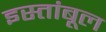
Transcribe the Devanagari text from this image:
इस्तांबूल